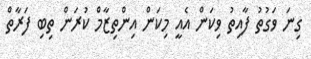
ގިނަ ވަގުތު ފާއިތު ވިކަން އެއީ މިކަން އިންތިޒާމް ކުރަން ތިބި ފަރާތް